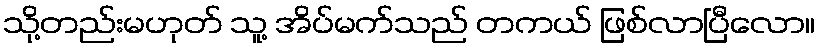
သို့တည်းမဟုတ် သူ့ အိပ်မက်သည် တကယ် ဖြစ်လာပြီလော။